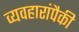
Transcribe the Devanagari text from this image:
व्यवहारांपैकी